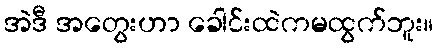
အဲဒီ အတွေးဟာ ခေါင်းထဲကမထွက်ဘူး။